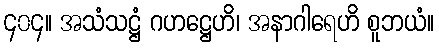
၄၀၄။ အသံသဋ္ဌံ ဂဟဋ္ဌေဟိ၊ အနာဂါရေဟိ စူဘယံ။